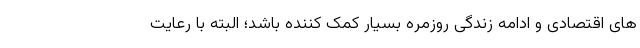
های اقتصادی و ادامه زندگی روزمره بسیار کمک کننده باشد؛ البته با رعایت